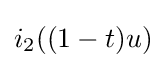
i_{2}((1-t)u)